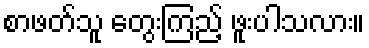
စာဖတ်သူ တွေးကြည့် ဖူးပါသလား။